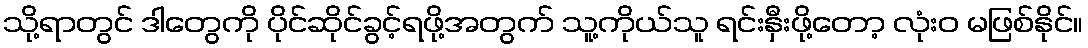
သို့ရာတွင် ဒါတွေကို ပိုင်ဆိုင်ခွင့်ရဖို့အတွက် သူ့ကိုယ်သူ ရင်းနှီးဖို့တော့ လုံးဝ မဖြစ်နိုင်။